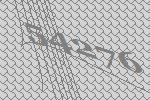
54276